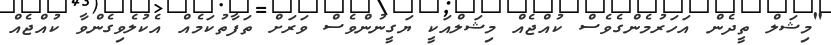
"މިޝަލް ތީދެން އަހަރުމެންގެވެސް ކުއްޖެއް މިޝަލްއަކީ ޔަގީނުންވެސް ވަރަށް ތަފާތުކަމެއް އެކުލެވިގެންވާ ކުއްޖެއް